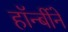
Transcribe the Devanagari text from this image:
हॉर्न्बीने